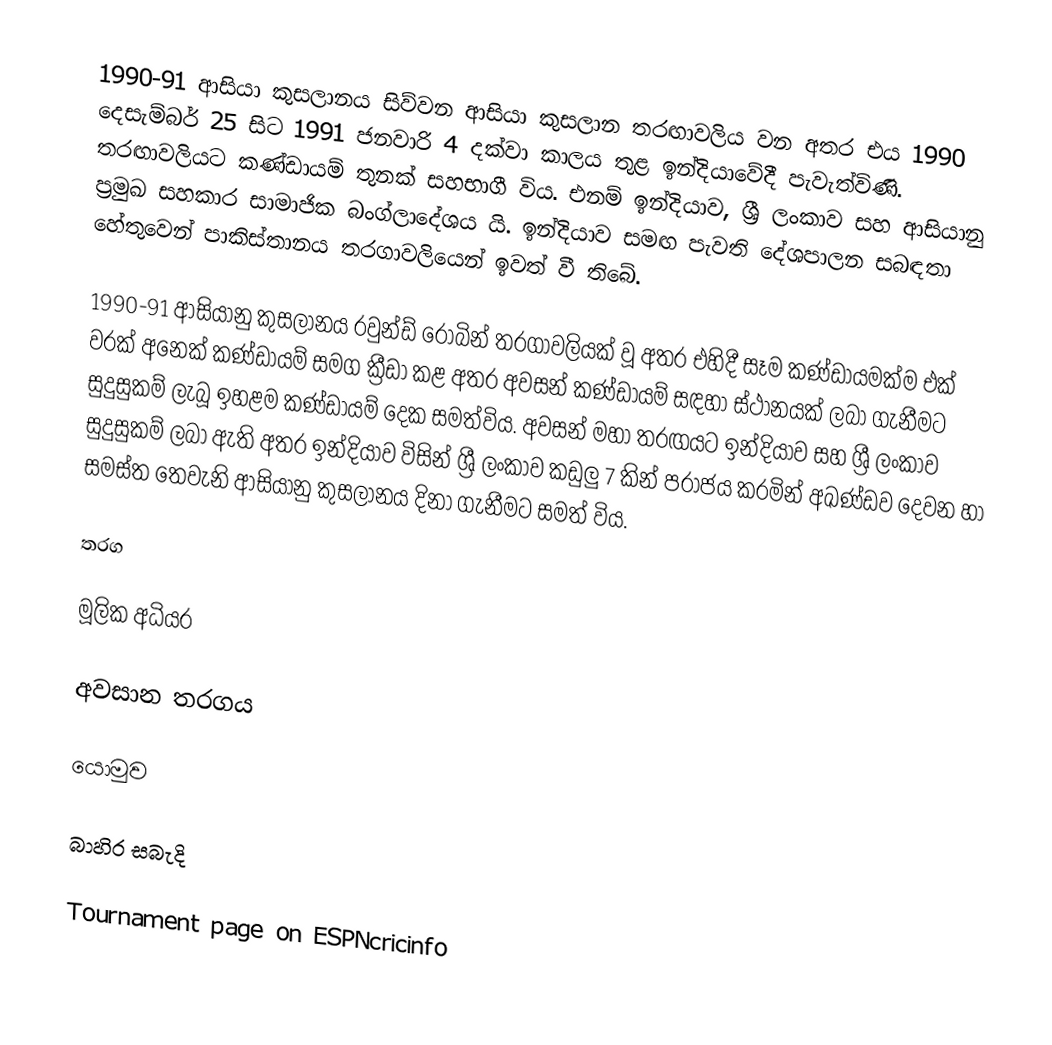
1990-91 ආසියා කුසලානය සිව්වන ආසියා කුසලාන තරඟාවලිය වන අතර එය 1990 දෙසැම්බර් 25 සිට 1991 ජනවාරි 4 දක්වා කාලය තුළ ඉන්දියාවේදී පැවැත්විණි. තරඟාවලියට කණ්ඩායම් තුනක් සහභාගී විය. එනම් ඉන්දියාව, ශ්‍රී ලංකාව සහ ආසියානු ප්‍රමුඛ සහකාර සාමාජික බංග්ලාදේශය යි. ඉන්දියාව සමඟ පැවති දේශපාලන සබඳතා හේතුවෙන් පාකිස්තානය තරගාවලියෙන් ඉවත් වී තිබේ.

1990-91 ආසියානු කුසලානය රවුන්ඩ් රොබින් තරගාවලියක් වූ අතර එහිදී සෑම කණ්ඩායමක්ම එක් වරක් අනෙක් කණ්ඩායම් සමග ක්‍රීඩා කළ අතර අවසන් කණ්ඩායම් සඳහා ස්ථානයක් ලබා ගැනීමට සුදුසුකම් ලැබූ ඉහළම කණ්ඩායම් දෙක සමත්විය. අවසන් මහා තරඟයට ඉන්දියාව සහ ශ්‍රී ලංකාව සුදුසුකම් ලබා ඇති අතර ඉන්දියාව විසින් ශ්‍රී ලංකාව කඩුලු 7 කින් පරාජය කරමින් අඛණ්ඩව දෙවන හා සමස්ත තෙවැනි ආසියානු කුසලානය දිනා ගැනීමට සමත් විය.

තරග

මූලික අධියර

අවසාන තරගය

යොමුව

බාහිර සබැදි

 Tournament page on ESPNcricinfo